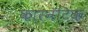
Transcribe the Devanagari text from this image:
कारनॅटिक